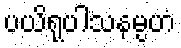
ပယိရုပါသနမ္ပဟံ